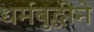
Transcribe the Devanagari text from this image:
धर्मबुद्धीने